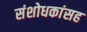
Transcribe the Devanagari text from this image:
संशोधकांसह